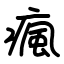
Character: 瘋